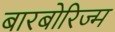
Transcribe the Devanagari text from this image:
बारबोरिज्म